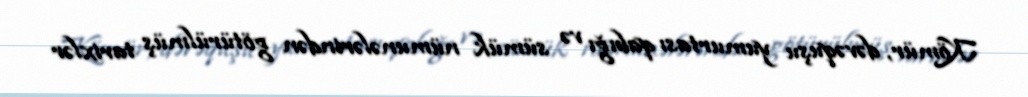
Kömür, dəvəquşu yumurtası qabığı və sümük nümunələrindən götürülmüş tarixlər